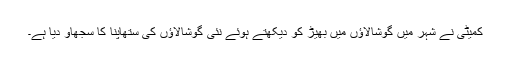
کمیٹی نے شہر میں گوشالاؤں میں بھیڑ کو دیکھتے ہوئے نئی گوشالاؤں کی ستھاپنا کا سجھاؤ دیا ہے۔